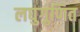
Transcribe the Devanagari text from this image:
लघुगुणित